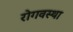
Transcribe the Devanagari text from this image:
रोगवस्था